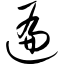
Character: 遍